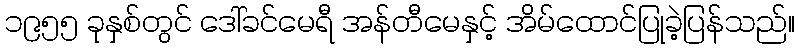
၁၉၅၅ ခုနှစ်တွင် ဒေါ်ခင်မေရီ အန်တီမေနှင့် အိမ်ထောင်ပြုခဲ့ပြန်သည်။